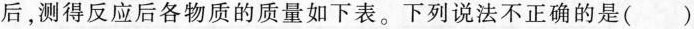
后，测得反应后各物质的质量如下表。下列说法不正确的是()